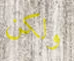
ولكن